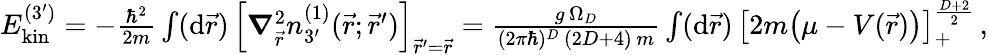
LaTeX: \begin{array}{r}{E_{\mathrm{kin}}^{(3^{\prime})}=-\frac{\hbar^{2}}{2m}\int(\mathrm{d}\vec{r})\, \left[\boldsymbol{\nabla}_{\vec{r}}^{2}n_{3^{\prime}}^{(1)}(\vec{r};\vec{r}^{\prime})\right]_{\vec{r}^{\prime}=\vec{r}}=\frac{g\, \Omega_{D}}{(2\pi\hbar)^{D}\, (2D+4)\, m}\int(\mathrm{d}\vec{r})\, \big[2m\big(\mu-V(\vec{r})\big)\big]_{+}^{\frac{D+2}{2}}\, ,}\end{array}